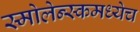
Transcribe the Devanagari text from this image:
स्मोलेन्स्कमध्येच